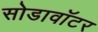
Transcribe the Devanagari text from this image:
सोडावॉटर